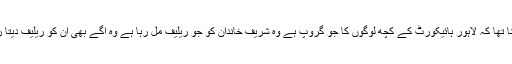
ان کا کہنا تھا کہ لاہور ہائیکورٹ کے کچھ لوگوں کا جو گروپ ہے وہ شریف خاندان کو جو ریلیف مل رہا ہے وہ آگے بھی ان کو ریلیف دیتا رہے گا ۔